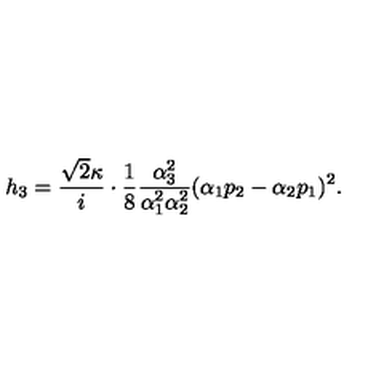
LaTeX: h _ { 3 } = \frac { \sqrt { 2 } \kappa } { i } \cdot \frac { 1 } { 8 } \frac { \alpha _ { 3 } ^ { 2 } } { \alpha _ { 1 } ^ { 2 } \alpha _ { 2 } ^ { 2 } } ( \alpha _ { 1 } p _ { 2 } - \alpha _ { 2 } p _ { 1 } ) ^ { 2 } .